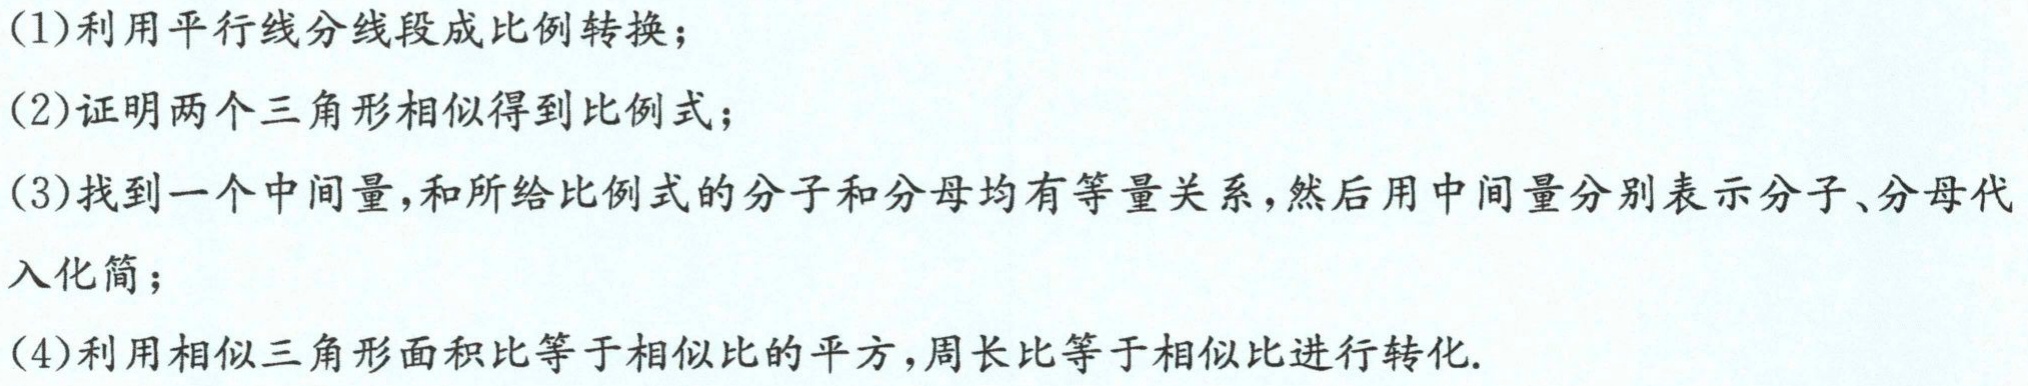
(1)利用平行线分线段成比例转换；
(2)证明两个三角形相似得到比例式；
(3)找到一个中间量,和所给比例式的分子和分母均有等量关系,然后用中间量分别表示分子、分母代入化简；
(4)利用相似三角形面积比等于相似比的平方,周长比等于相似比进行转化.